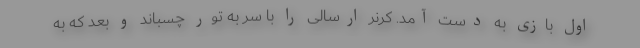
اول بازی به دست آمد. کرنر ارسالی را با سر به تور چسباند و بعد که به